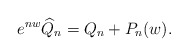
\begin{align*}e^{nw}\widehat{Q}_n=Q_n+P_n(w).\end{align*}